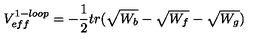
V _ { e f f } ^ { 1 - l o o p } = - \frac { 1 } { 2 } t r ( \sqrt { W _ { b } } - \sqrt { W _ { f } } - \sqrt { W _ { g } } )